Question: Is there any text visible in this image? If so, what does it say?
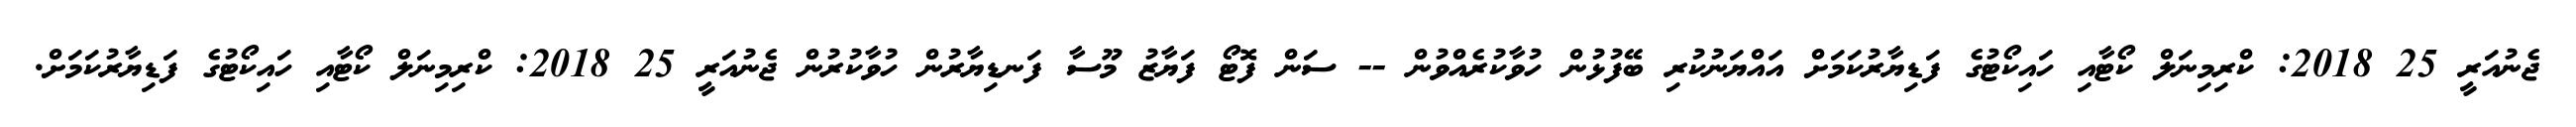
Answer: ޖެނުއަރީ 25 2018: ކްރިމިނަލް ކޯޓާއި ހައިކޯޓުގެ ފަޑިޔާރުކަމަށް އައްޔަނުކުރި ބޭފުޅުން ހުވާކުރެއްވުން -- ސަން ފޮޓޯ ފަޔާޒު މޫސާ ފަނޑިޔާރުން ހުވާކުރުން ޖެނުއަރީ 25 2018: ކްރިމިނަލް ކޯޓާއި ހައިކޯޓުގެ ފަޑިޔާރުކަމަށް.